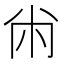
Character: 㡀